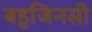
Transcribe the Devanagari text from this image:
बहुजिनसी